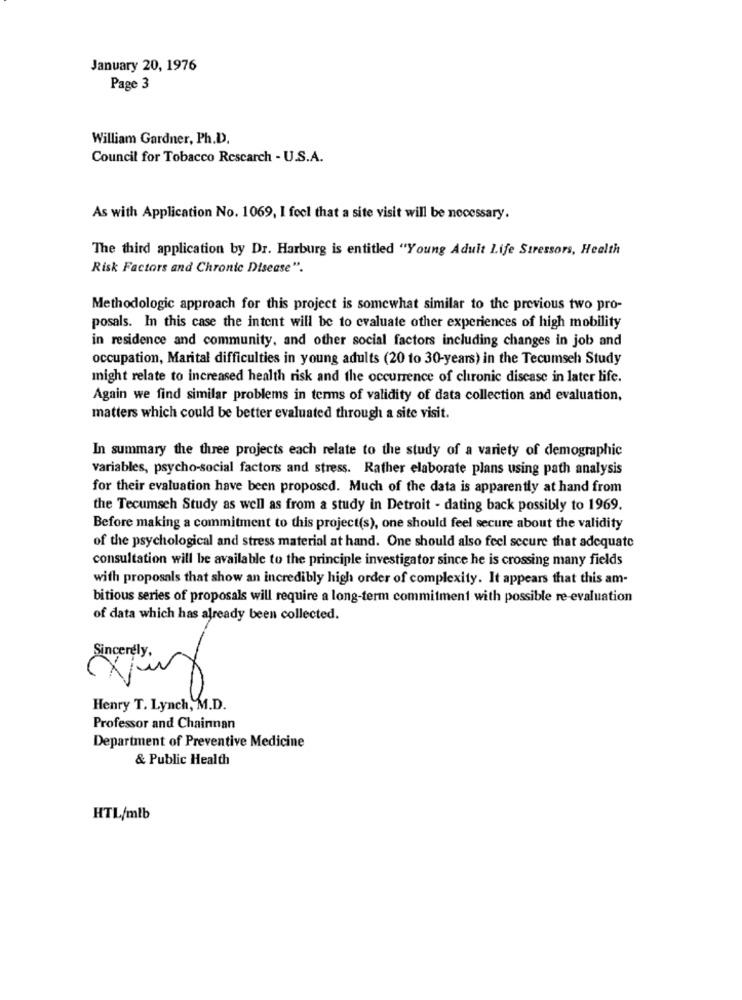
January 20, 1976
Page 3
William Gardner, Ph.D.
Council for Tobacco Rescarch - U.S.A.
As with Application No. 1069, I feel that a site visit will be necessary.
The third application by Dr. Harburg is entitled "Young Adult life Stressors, Health
Risk Factors and Chronic Disease".
Methodologic approach for this project is somewhat similar to the previous two pro-
posals. In this case the intent will be to evaluate other experiences of high mobility
in residence and community, and other social factors including changes in job and
occupation, Marital difficulties in young adults (20 to 30-years) in the Tecumseh Study
might relate to increased health risk and the occurrence of chronic disease in later life.
Again we find similar problems in terms of validity of data collection and evaluation,
matters which could be better evaluated through a site visit.
In summary the three projects each relate to the study of a variety of demographic
variables, psycho-social factors and stress. Rather elaborate plans using path analysis
for their evaluation have been proposed. Much of the data is apparently at hand from
the Tecumseh Study as well as from a study in Detroit - dating back possibly to 1969.
Before making a commitment to this project(s), one should feel secure about the validity
of the psychological and stress material at hand. One should also feel secure that adequate
consultation will be available to the principle investigator since he is crossing many fields
with proposals that show an incredibly high order of complexity. It appears that this am-
bitious series of proposals will require a long-term commitment with possible re-evaluation
of data which has already been collected.
Sincerely.
Henry T. Lynch, M.D.
Professor and Chainnan
Department of Preventive Medicine
& Public Health
HTL/mlb